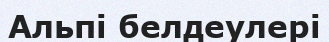
Альпі белдеулері